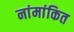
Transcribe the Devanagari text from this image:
नांमांकित